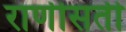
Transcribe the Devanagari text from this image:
राणीसती